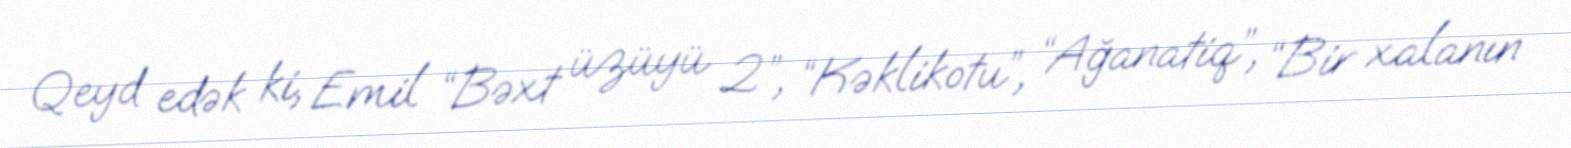
Qeyd edək ki, Emil “Bəxt üzüyü 2”, “Kəklikotu”, “Ağanatiq”, “Bir xalanın